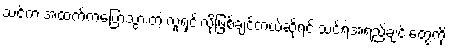
သင်က အထက်ကပြောသွားတဲ့ လူရှင်းလိုဖြစ်ချင်တယ်ဆိုရင် သင့်ရဲ့အရည်ချင်းတွေကို